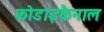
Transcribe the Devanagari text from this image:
कोडाइकैनाल